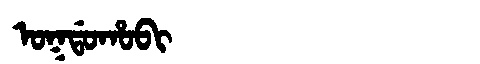
Manchu: ᠣᡴᡩᠣᡥᠣᠪᡳ
Romanization: OKDOHOBI